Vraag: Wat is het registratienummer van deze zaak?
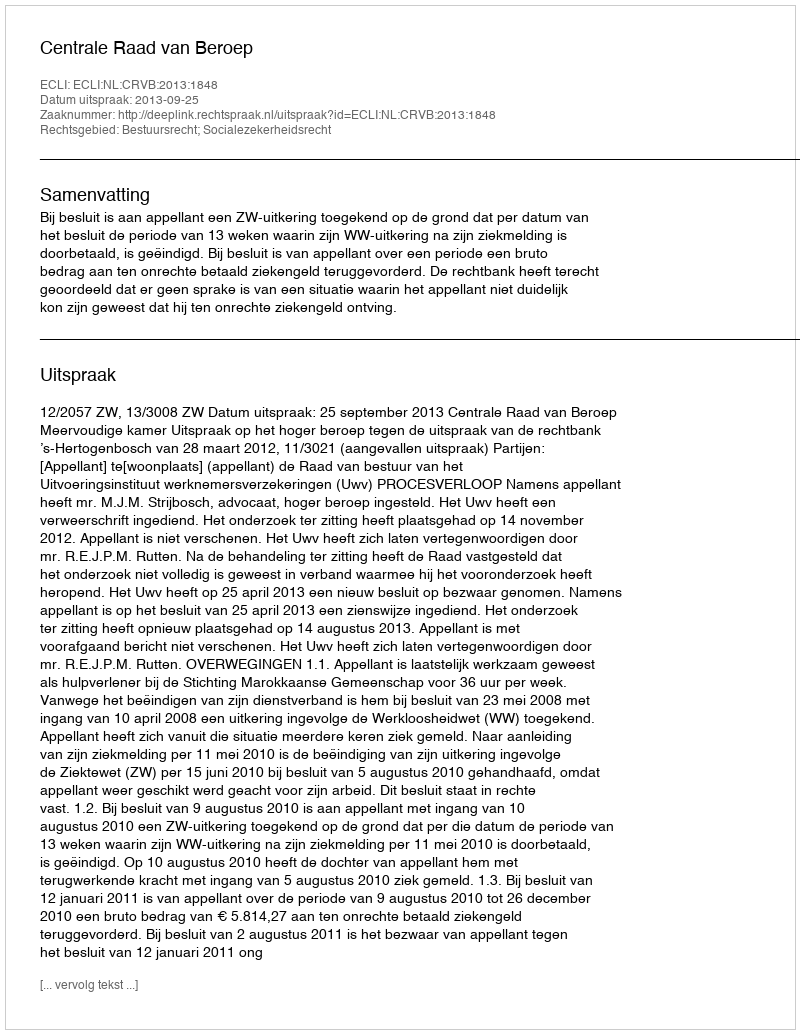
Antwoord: http://deeplink.rechtspraak.nl/uitspraak?id=ECLI:NL:CRVB:2013:1848